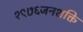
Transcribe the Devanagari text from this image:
१९७६जनशक्ति